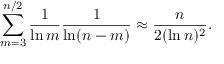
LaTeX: \sum _ { m = 3 } ^ { n / 2 } { \frac { 1 } { \ln m } } { \frac { 1 } { \ln ( n - m ) } } \approx { \frac { n } { 2 ( \ln n ) ^ { 2 } } } .